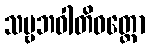
သဗ္ဗဘဝါတိဝတ္တော